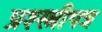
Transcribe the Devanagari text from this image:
प्रश्स्त्रीपत्र